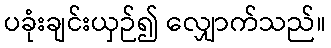
ပခုံးချင်းယှဉ်၍ လျှောက်သည်။